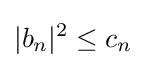
|b_{n}|^{2}\leq c_{n}